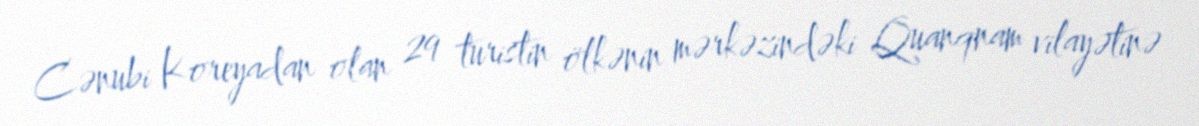
Cənubi Koreyadan olan 29 turistin ölkənin mərkəzindəki Quanqnam vilayətinə